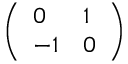
\left( \begin{array} { l l } { 0 } & { 1 } \\ { - 1 } & { 0 } \end{array} \right)